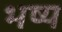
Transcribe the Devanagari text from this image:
भष्य